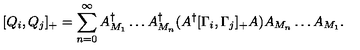
[ Q _ { i } , Q _ { j } ] _ { + } = \sum _ { n = 0 } ^ { \infty } A _ { M _ { 1 } } ^ { \dagger } \ldots A _ { M _ { n } } ^ { \dagger } ( A ^ { \dagger } [ \Gamma _ { i } , \Gamma _ { j } ] _ { + } A ) A _ { M _ { n } } \ldots A _ { M _ { 1 } } .